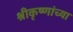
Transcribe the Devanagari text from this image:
श्रीकृष्णांच्या